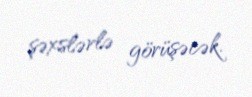
şəxslərlə görüşəcək.